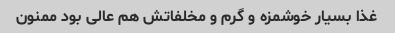
غذا بسیار خوشمزه و گرم و مخلفاتش هم عالی بود ممنون